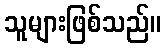
သူများဖြစ်သည်။